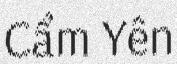
Cẩm Yên